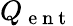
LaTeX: Q_{\mathrm{~e~n~t~}}